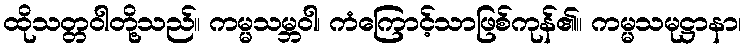
ထိုသတ္တဝါတို့သည်။ ကမ္မသမ္ဘဝါ၊ ကံကြောင့်သာဖြစ်ကုန်၏။ ကမ္မသမုဋ္ဌာနာ၊